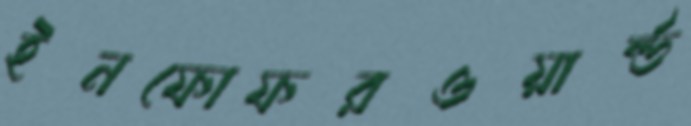
ইনফোফরওয়ার্ল্ড